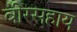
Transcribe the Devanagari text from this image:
वीरसहाय